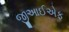
જીઆઈએફ